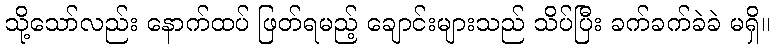
သို့သော်လည်း နောက်ထပ် ဖြတ်ရမည့် ချောင်းများသည် သိပ်ပြီး ခက်ခက်ခဲခဲ မရှိ။